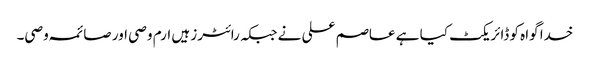
خدا گواہ کو ڈائریکٹ کیا ہے عاصم علی نے جبکہ رائٹرز ہیں ارم وصی اور صائمہ وصی۔